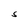
Character: S